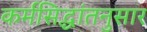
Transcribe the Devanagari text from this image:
कर्मसिद्धांतनुसार